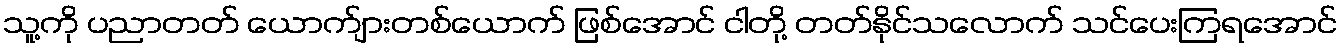
သူ့ကို ပညာတတ် ယောက်ျားတစ်ယောက် ဖြစ်အောင် ငါတို့ တတ်နိုင်သလောက် သင်ပေးကြရအောင်